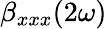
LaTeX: \beta_{xxx}(2\omega)